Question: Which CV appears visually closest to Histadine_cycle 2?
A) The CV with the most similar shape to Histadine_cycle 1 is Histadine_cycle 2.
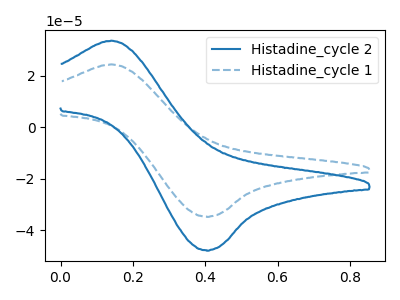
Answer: <think>The blue curve "Histadine_cycle 2" has an anodic peak at (0.15V, 33.70uA) and a cathodic peak at (0.40V, -47.85uA). The blue dashed curve "Histadine_cycle 1" has an anodic peak at (0.15V, 24.50uA) and a cathodic peak at (0.40V, -34.75uA).
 All the peaks in "Histadine_cycle 2" have a peak in "Histadine_cycle 1" at the same potential. Every peak in "Histadine_cycle 2" is higher than every peak in "Histadine_cycle 1".</think>
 <answer>A) The CV with the most similar shape to "Histadine_cycle 1" is "Histadine_cycle 2".</answer>
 <eval>A</eval>